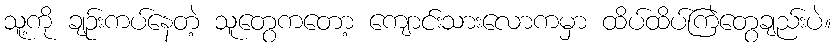
သူ့ကို ချဉ်းကပ်နေတဲ့ သူတွေကတော့ ကျောင်းသားလောကမှာ ထိပ်ထိပ်ကြဲတွေချည်းပဲ။